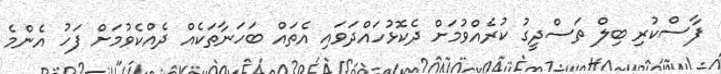
ފާސްކުރި ބިލް ތަސްދީގު ކުރެއްވުމަށް ދެކޮޅުހައްދަވައި އެތައް ބަހަނާތަކެއް ދެއްކެވުމަށް ފަހު އެންމެ